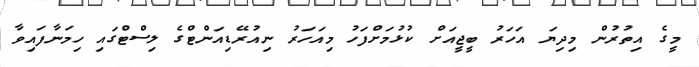
މީގެ އިތުރުން މިދިޔަ އަހަރު ބީޖީއަށް ކުޅުމަށްފަހު މިއަހަރު ނިއުރޭޑިއަންޓްގެ ލިސްޓްގައި ހިމަނާފައިވާ